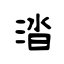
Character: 涾